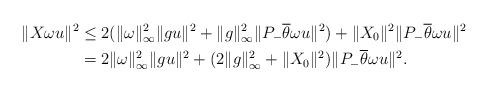
LaTeX: \begin{align*}\|X\omega u\|^2 & \leq 2(\|\omega\|_\infty^2\|g u\|^2+\|g\|_\infty^2\|P_-\overline\theta\omega u\|^2)+\|X_0\|^2\|P_-\overline\theta\omega u\|^2\\&=2\|\omega\|_\infty^2\|g u\|^2+(2\|g\|_\infty^2+\|X_0\|^2)\|P_-\overline\theta\omega u\|^2.\end{align*}